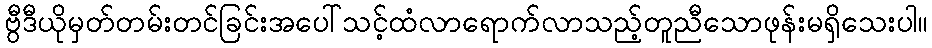
ဗွီဒီယိုမှတ်တမ်းတင်ခြင်းအပေါ်သင့်ထံလာရောက်လာသည့်တူညီသောဖုန်းမရှိသေးပါ။